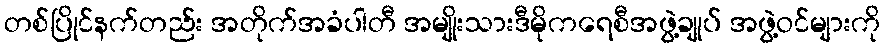
တစ်ပြိုင်နက်တည်း အတိုက်အခံပါတီ အမျိုးသားဒီမိုကရေစီအဖွဲ့ချုပ် အဖွဲ့ဝင်များကို